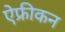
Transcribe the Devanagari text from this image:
ऐफ्रीकन